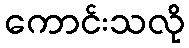
ကောင်းသလို